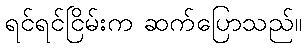
ရင်ရင်ငြိမ်းက ဆက်ပြောသည်။